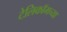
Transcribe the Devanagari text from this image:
टेलिकॉमच्या